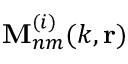
\mathbf { M } _ { n m } ^ { ( i ) } ( k , \mathbf { r } )